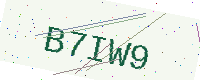
Text: B7IW9